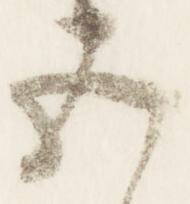
五